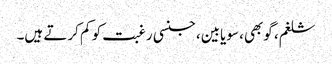
شلغم، گوبھی، سویابین، جنسی رغبت کو کم کرتے ہیں۔